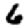
Digit: 6